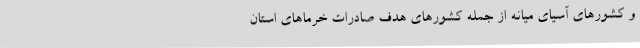
و کشور‌های آسیای میانه از جمله کشور‌های هدف صادرات خرما‌های استان